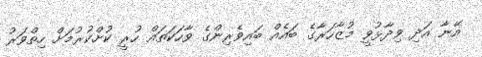
އޭނާ އަދި ވިދާޅުވީ މުޒާހަރާގެ ބައެއް ބައިވެރިންގެ ވާހަކަތައް ހުރީ ކުށްކުރުމަށް ހިތްވަރު